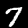
Label: 7